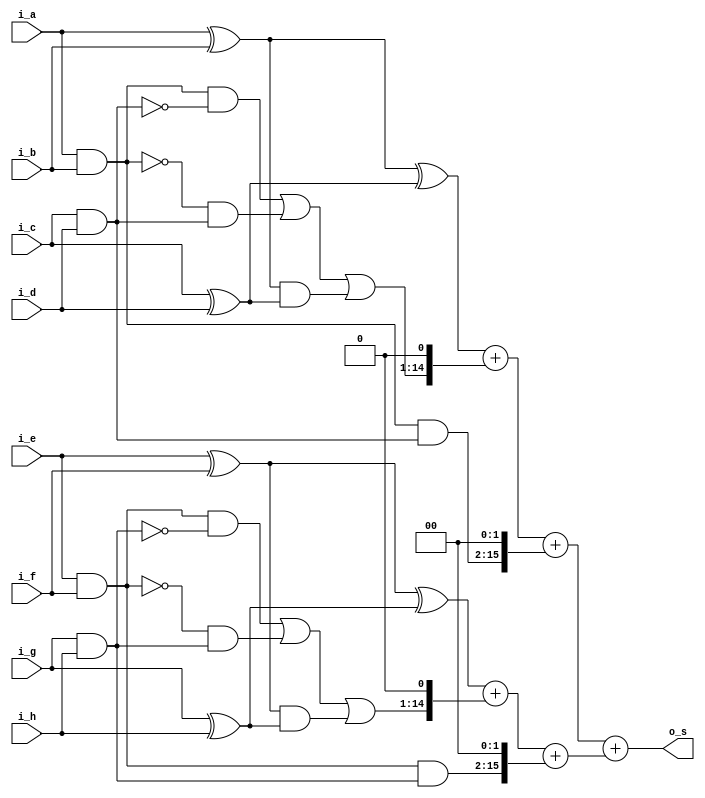
module csa_adder_8in
#(parameter p_input_width = 14)
(
input  [p_input_width-1:0]  i_a,
input  [p_input_width-1:0]  i_b,
input  [p_input_width-1:0]  i_c,
input  [p_input_width-1:0]  i_d,

input  [p_input_width-1:0]  i_e,
input  [p_input_width-1:0]  i_f,
input  [p_input_width-1:0]  i_g,
input  [p_input_width-1:0]  i_h,

output [p_input_width+2:0]  o_s
);

wire [p_input_width-1:0]  w_p10;
wire [p_input_width-1:0]  w_p11;
wire [p_input_width-1:0]  w_g10;
wire [p_input_width-1:0]  w_g11;
wire [p_input_width-1:0]  w_s11;
wire [p_input_width-1:0]  w_p20;
wire [p_input_width-1:0]  w_p21;
wire [p_input_width-1:0]  w_g20;
wire [p_input_width-1:0]  w_g21;
wire [p_input_width-1:0]  w_s12;
wire [p_input_width  :0]  w_co11;
wire [p_input_width+1:0]  w_co12;
wire [p_input_width+1:0]  w_s21;
wire [p_input_width+1:0]  w_s22;
wire [p_input_width  :0]  w_co21;
wire [p_input_width+1:0]  w_co22;

assign  w_p10 = i_a^i_b;
assign  w_p11 = i_c^i_d;
assign  w_g10 = i_a & i_b;
assign  w_g11 = i_c & i_d;
assign  w_s11 = w_p10^w_p11;
assign  w_co11= {((w_g10 & ~w_g11) |  (~w_g10 & w_g11) | (w_p10 & w_p11)), 1'b0};
assign  w_co12= {(w_g10 & w_g11), 2'b0};

assign  w_p20 = i_e^i_f;
assign  w_p21 = i_g^i_h;
assign  w_g20 = i_e & i_f;
assign  w_g21 = i_g & i_h;
assign  w_s12 = w_p20^w_p21;
assign  w_co21= {((w_g20 & ~w_g21) |  (~w_g20 & w_g21) | (w_p20 & w_p21)),1'b0};
assign  w_co22= {(w_g20 & w_g21), 2'b0};

assign w_s21 = w_s11 + w_co11 + w_co12;
assign w_s22 = w_s12 + w_co21 + w_co22;

assign o_s = {1'b0, w_s21} + {1'b0, w_s22};

endmodule